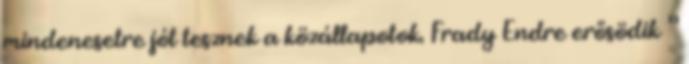
mindenesetre jót tesznek a közállapotok. Frady Endre erősödik ”